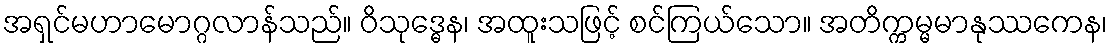
အရှင်မဟာမောဂ္ဂလာန်သည်။ ဝိသုဒ္ဓေန၊ အထူးသဖြင့် စင်ကြယ်သော။ အတိက္ကမ္မမာနုဿကေန၊